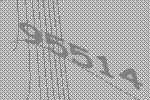
95514